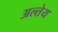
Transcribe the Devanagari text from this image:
अल्तेय